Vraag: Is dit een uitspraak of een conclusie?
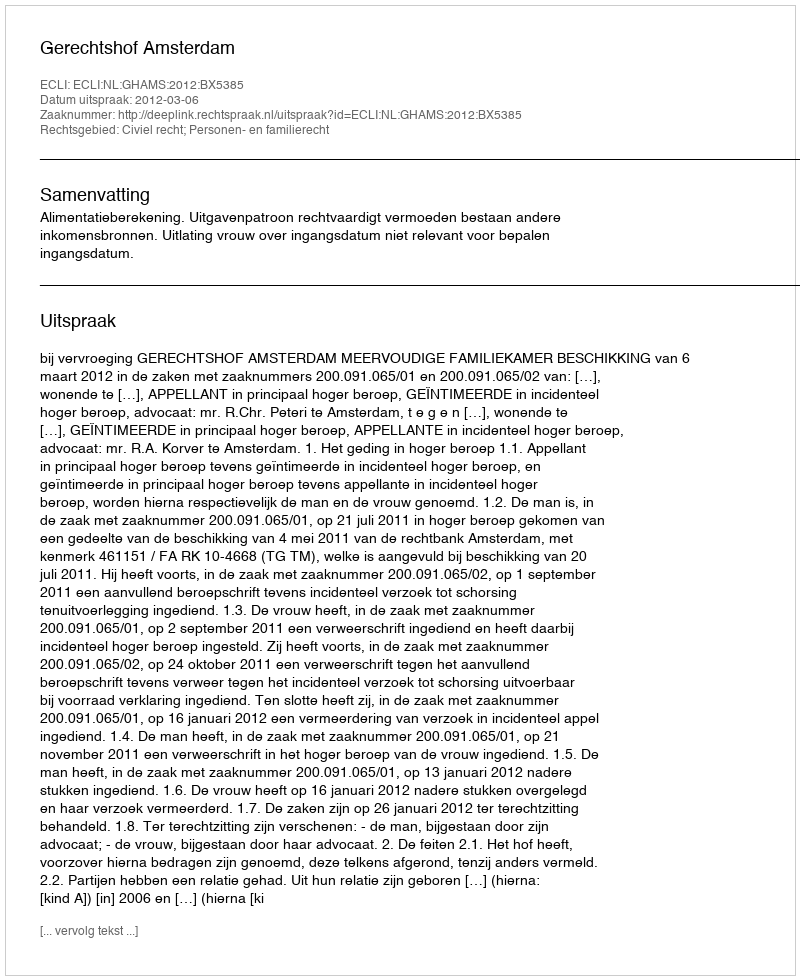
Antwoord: Uitspraak